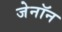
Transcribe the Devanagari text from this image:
जेनॉन